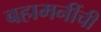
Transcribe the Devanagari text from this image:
बहामनींची